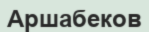
Аршабеков